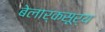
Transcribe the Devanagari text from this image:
बेलार्कसूर्य